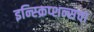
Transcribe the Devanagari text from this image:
इन्स्क्रिप्शन्सचा